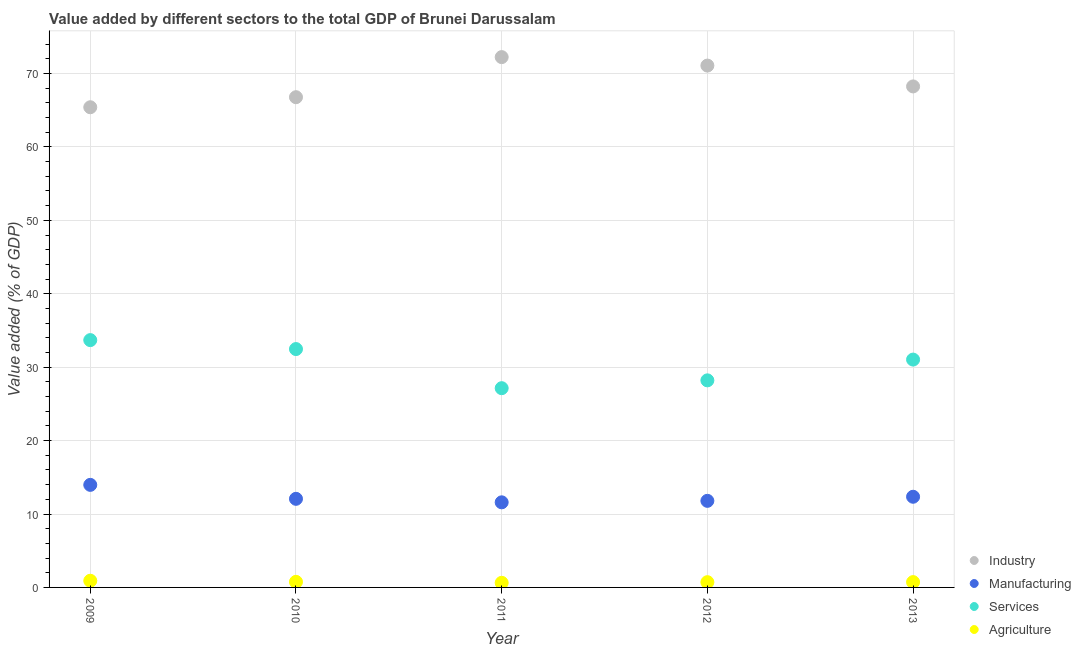
| Year | Industry | Manufacturing | Services | Agriculture |
 | --- | --- | --- | --- | --- |
 | 2009 | 65.4 | 14 | 33.7 | 0.909 |
 | 2010 | 66.8 | 12.1 | 32.5 | 0.76 |
 | 2011 | 72.2 | 11.6 | 27.1 | 0.628 |
 | 2012 | 71.1 | 11.8 | 28.2 | 0.715 |
 | 2013 | 68.2 | 12.3 | 31 | 0.726 |